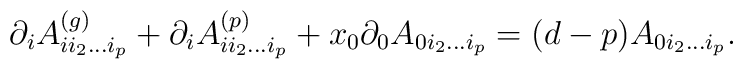
\partial_{i}A_{i i_2\ldots i_p}^{(g)} +\partial_{i}A_{i i_2\ldots i_p}^{(p)} + x_0 \partial_0 A_{0 i_2\ldots i_p}   = (d-p)A_{0 i_2\ldots i_p}.